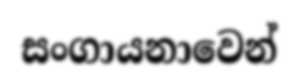
සංගායනාවෙන්